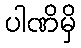
ပါဏိမှိ